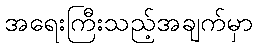
အရေးကြီးသည့်အချက်မှာ